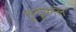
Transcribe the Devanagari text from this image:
गुन्टूकाल